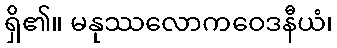
ရှိ၏။ မနုဿလောကဝေဒနီယံ၊